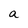
Character: a